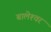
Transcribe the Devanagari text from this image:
बालेश्‍वर